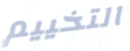
التخييم